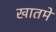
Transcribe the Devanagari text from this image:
खातमे